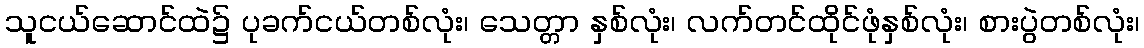
သူငယ်ဆောင်ထဲ၌ ပုခက်ငယ်တစ်လုံး၊ သေတ္တာ နှစ်လုံး၊ လက်တင်ထိုင်ဖုံနှစ်လုံး၊ စားပွဲတစ်လုံး၊